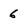
Character: 6